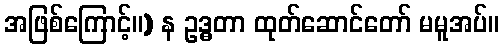
အဖြစ်ကြောင့်။) န ဥဒ္ဓတာ ထုတ်ဆောင်တော် မမူအပ်။